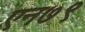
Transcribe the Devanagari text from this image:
एन७९